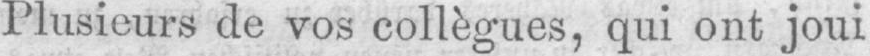
Plusieurs de vos collègues, qui ont joui